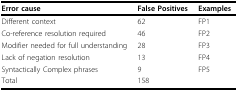
| Error cause | False Positives | Examples |
 | --- | --- | --- |
 | Different context | 62 | FP1 |
 | Co-reference resolution required | 46 | FP2 |
 | Modifier needed for full understanding | 28 | FP3 |
 | Lack of negation resolution | 13 | FP4 |
 | Syntactically Complex phrases | 9 | FP5 |
 | Total | 158 |  |